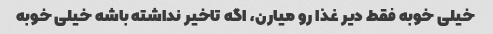
خیلی خوبه فقط دیر غذا رو میارن، اگه تاخیر نداشته باشه خیلی خوبه